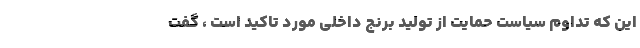
این که تداوم سیاست حمایت از تولید برنج داخلی مورد تاکید است ، گفت